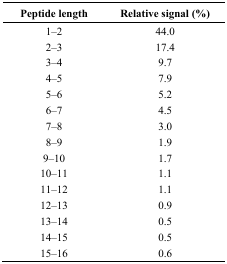
<table><thead><tr><td><b>Peptide length</b></td><td><b>Relative signal (%)</b></td></tr></thead><tbody><tr><td>1–2</td><td>44.0</td></tr><tr><td>2–3</td><td>17.4</td></tr><tr><td>3–4</td><td>9.7</td></tr><tr><td>4–5</td><td>7.9</td></tr><tr><td>5–6</td><td>5.2</td></tr><tr><td>6–7</td><td>4.5</td></tr><tr><td>7–8</td><td>3.0</td></tr><tr><td>8–9</td><td>1.9</td></tr><tr><td>9–10</td><td>1.7</td></tr><tr><td>10–11</td><td>1.1</td></tr><tr><td>11–12</td><td>1.1</td></tr><tr><td>12–13</td><td>0.9</td></tr><tr><td>13–14</td><td>0.5</td></tr><tr><td>14–15</td><td>0.5</td></tr><tr><td>15–16</td><td>0.6</td></tr></tbody></table>